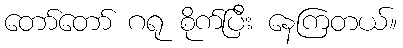
တော်တော် ဂရု စိုက်ပြီး နေကြတယ်။